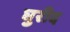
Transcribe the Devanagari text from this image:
घुरीद